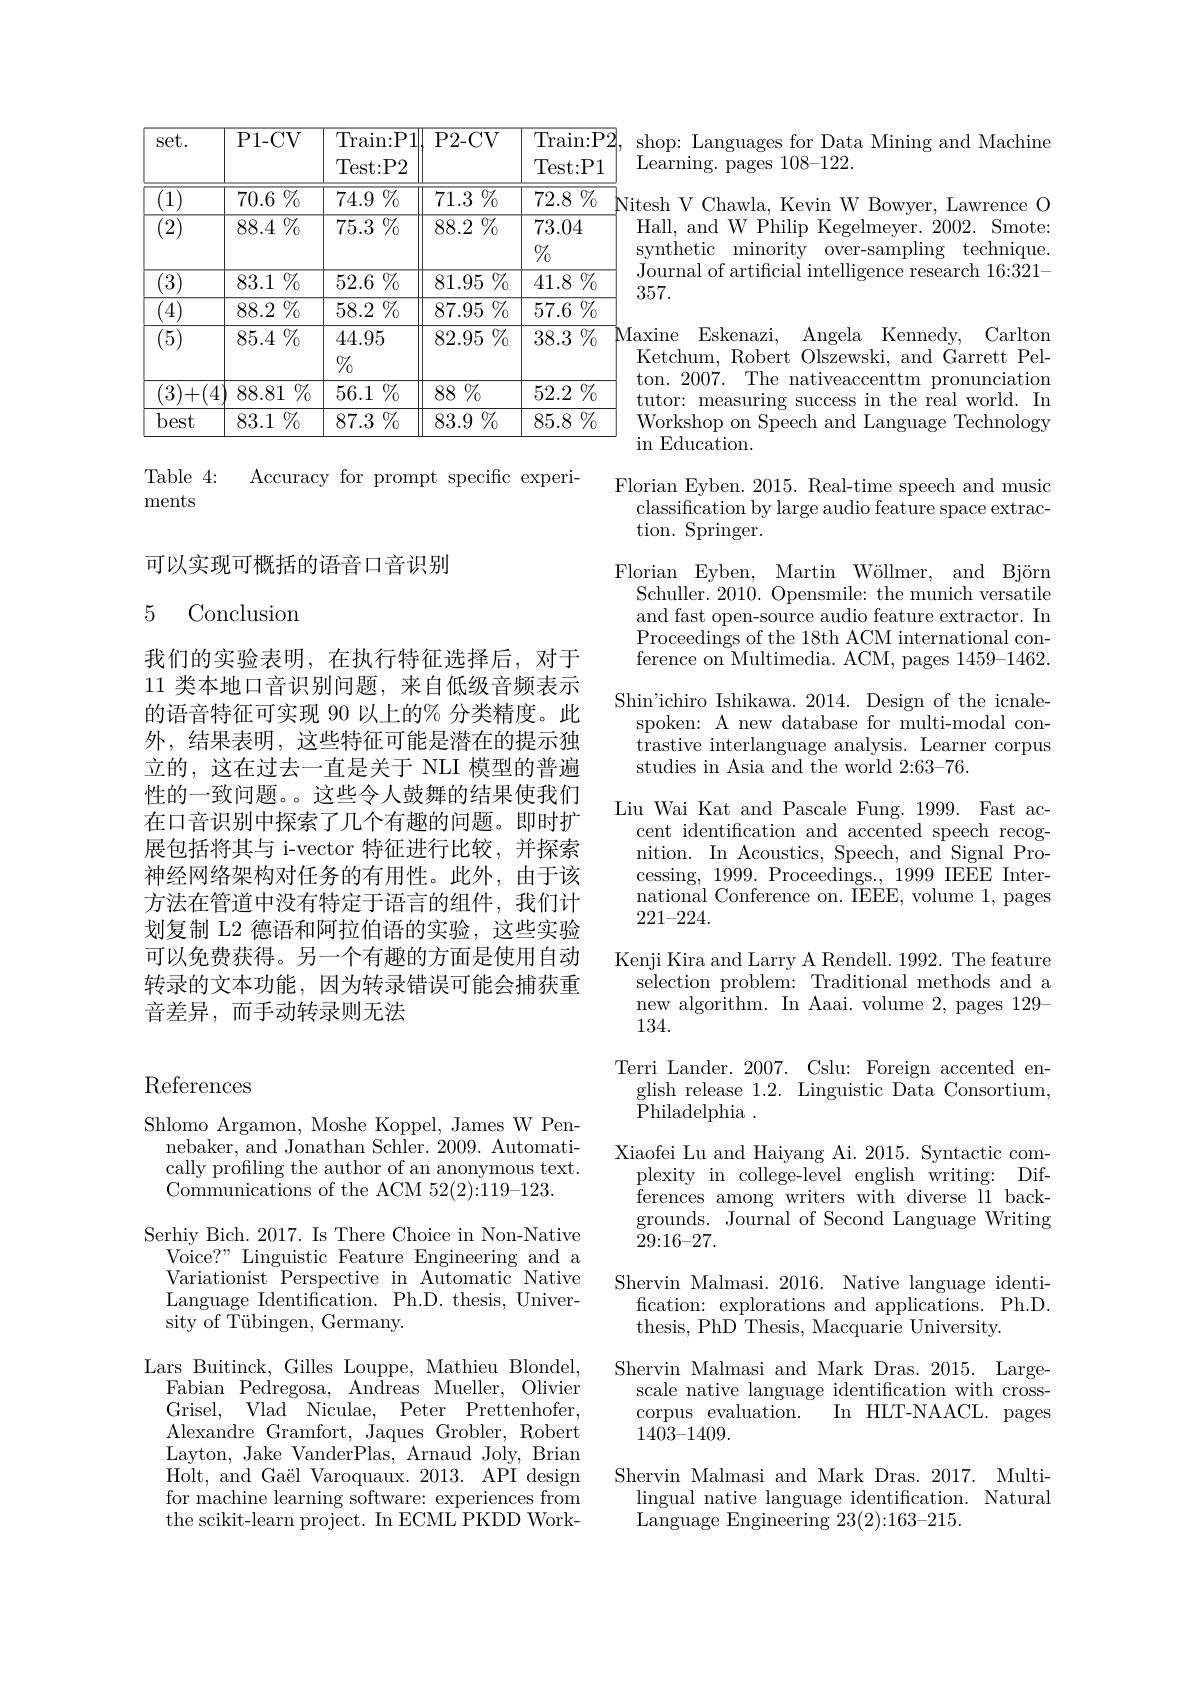
## References

Shlomo Argamon, Moshe Koppel, James W Pen-
nebaker, and Jonathan Schler. 2009. Automatically profiling the author of an anonymous text. Communications of the ACM 52(2):119-123.
Serhiy Bich. 2017. Is There Choice in Non-Native
Voice?" Linguistic Feature Engineering and a Variationist Perspective in Automatic Native Language Identification. Ph.D. thesis, University of Tübingen, Germany.
Lars Buitinck, Gilles Louppe, Mathieu Blondel,
Fabian Pedregosa, Andreas Mueller, Olivier Grisel,Vlad Niculae, Peter Prettenhofer, Alexandre Gramfort, Jaques Grobler, Robert Layton, Jake VanderPlas, Arnaud Joly, Brian Holt, and Gaël Varoquaux. 2013. API design for machine learning software: experiences from the scikit-learn project. In ECML PKDD Work-

<table>
	<tbody>
		<tr>
			<th>set. </th>
			<th>P1- CV</th>
			<th>Train: P1 Test: P2</th>
			<th>P2- CV</th>
			<th>Train: P2 Test: P1</th>
		</tr>
		<tr>
			<td>1</td>
			<td>$\overline{70.6\%}$</td>
			<td>$\overline{74.9\%}$</td>
			<td>$\overline{71.3\%}$</td>
			<td>$\overline{72.8\%}$</td>
		</tr>
		<tr>
			<td>$\overline{(2)}$ , .</td>
			<td>$\overline{88.4\%}$</td>
			<td>$\overline{75.3\%}$</td>
			<td>$\overline{88.2\%}$</td>
			<td>73.04 $\%$</td>
		</tr>
		<tr>
			<td>3</td>
			<td>$\overline{83.1\%}$</td>
			<td>$\overline{52.6\%}$</td>
			<td>$81.95\%$</td>
			<td>$\overline{41.8\%}$</td>
		</tr>
		<tr>
			<td>$\overline{(4)}$</td>
			<td>$\overline{88.2\%}$</td>
			<td>$\overline{58.2\%}$</td>
			<td>$87.95\%$</td>
			<td>$\overline{57.6\%}$</td>
		</tr>
		<tr>
			<td>$\overline{(5)}$ </td>
			<td>$85.4\%$</td>
			<td>44.95 $\%$</td>
			<td>$82.95\%$</td>
			<td>$\overline{38.3\%}$</td>
		</tr>
		<tr>
			<td>3) 1+</td>
			<td>${\overline{88.81}\%}$</td>
			<td>$\overline{56.1\%}$</td>
			<td>$88\%$</td>
			<td>$\overline{52.2\%}$</td>
		</tr>
		<tr>
			<td>best</td>
			<td>$83.1\%$</td>
			<td>$87.3\%$</td>
			<td>$83.9\%$</td>
			<td>$85.8\%$</td>
		</tr>
	</tbody>
</table>

Table 4:
Accuracy for prompt specific experi-
ments

可以实现可概括的语音口音识别

# 5 Conclusion

我们的实验表明，在执行特征选择后，对于11 类本地口音识别问题，来自低级音频表示的语音特征可实现 90 以上的% 分类精度。此外，结果表明，这些特征可能是潜在的提示独立的，这在过去一直是关于 NLI 模型的普遍性的一致问题。。这些令人鼓舞的结果使我们在口音识别中探索了几个有趣的问题。即时扩展包括将其与 i-vector 特征进行比较，并探索神经网络架构对任务的有用性。此外，由于该方法在管道中没有特定于语言的组件，我们计划复制 L2 德语和阿拉伯语的实验，这些实验可以免费获得。另一个有趣的方面是使用自动转录的文本功能，因为转录错误可能会捕获重音差异，而手动转录则无法

shop: Languages for Data Mining and Machine
Learning. pages 108-122.
Nitesh V Chawla, Kevin W Bowyer, Lawrence O
Hall, and W Philip Kegelmeyer. 2002. Smote: synthetic minority over-sampling technique. Journal of artificial intelligence research 16:321- 357.
Maxine Eskenazi, Angela Kennedy, Carlton Ketchum, Robert Olszewski, and Garrett Pelton. 2007. The nativeaccenttm pronunciation tutor: measuring success in the real world. In Workshop on Speech and Language Technology in Education.
Florian Eyben. 2015. Real-time speech and music
classification by large audio feature space extrac-
tion. Springer.
Florian Eyben, Martin Wöllmer, and Björn
Schuller. 2010. Opensmile: the munich versatile and fast open-source audio feature extractor. In Proceedings of the 18th ACM international conference on Multimedia. ACM, pages 1459-1462.
Shin'ichiro Ishikawa. 2014. Design of the icnale-
spoken: A new database for multi-modal contrastive interlanguage analysis. Learner corpus studies in Asia and the world 2:63-76.
Liu Wai Kat and Pascale Fung. 1999. Fast ac-
cent identification and accented speech recognition. In Acoustics, Speech, and Signal Processing, 1999. Proceedings., 1999 IEEE International Conference on. IEEE, volume 1, pages 221-224.
Kenji Kira and Larry A Rendell. 1992. The feature
selection problem: Traditional methods and a new algorithm. In Aaai. volume 2, pages 129- 134.
Terri Lander. 2007. Cslu: Foreign accented english release 1.2. Linguistic Data Consortium, ${\mathrm{Philadelphia}}.$
Xiaofei Lu and Haiyang Ai. 2015. Syntactic com-
plexity in college-level english writing: Differences among writers with diverse l1 backgrounds. Journal of Second Language Writing 29{:}16{-}27.
Shervin Malmasi. 2016. Native language identi-
fication: explorations and applications. Ph.D.
thesis, PhD Thesis, Macquarie University.
Shervin Malmasi and Mark Dras. 2015. Large-
scale native language identification with cross-
In HLT-NAACL. pages
corpus evaluation.
$1403–1409.$
Shervin Malmasi and Mark Dras. 2017. Multi-
lingual native language identification. Natural
Language Engineering 23(2){:}163{-}215.